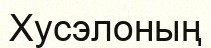
Хусэлоның